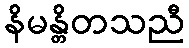
နိမန္တိတသညီ